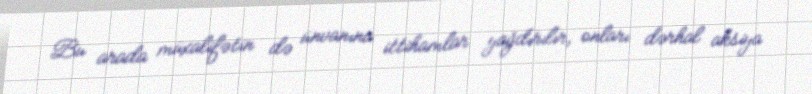
Bu arada müxalifətin də ünvanına ittihamlar yağdırılır, onları dərhal aksiya